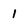
Character: l